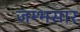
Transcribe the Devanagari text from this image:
जम्भसार